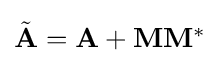
{\textstyle {\tilde {\mathbf {A} }}=\mathbf {A} +\mathbf {M} \mathbf {M} ^{*}}